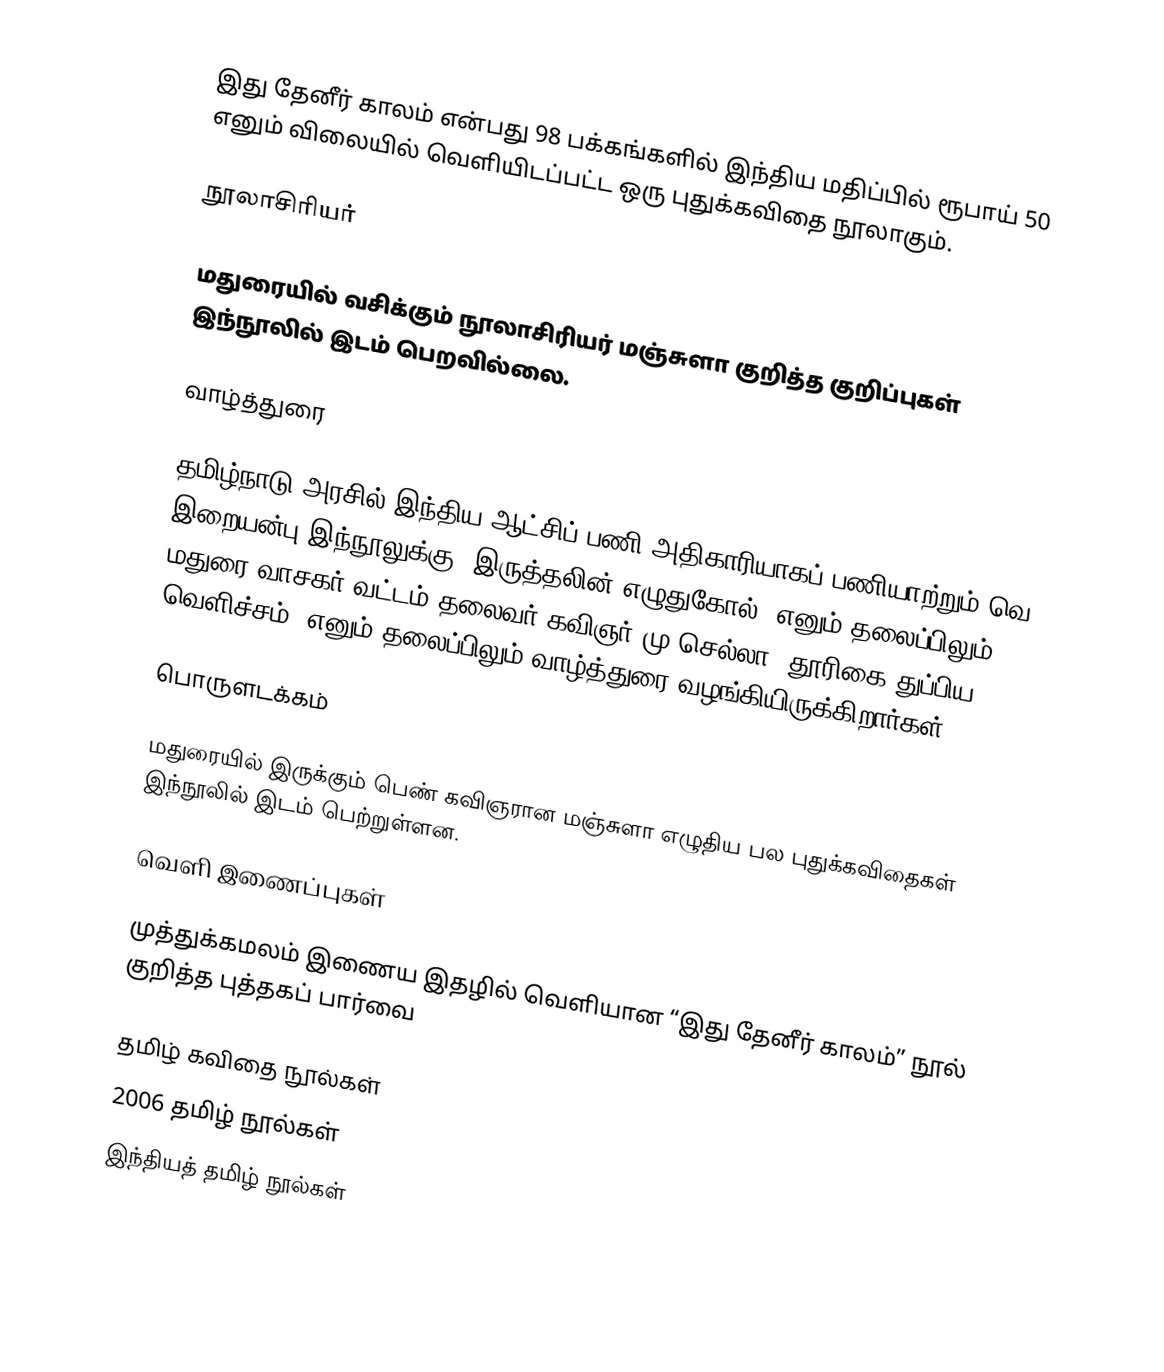
இது தேனீர் காலம் என்பது 98 பக்கங்களில் இந்திய மதிப்பில் ரூபாய் 50 எனும் விலையில் வெளியிடப்பட்ட ஒரு புதுக்கவிதை நூலாகும்.

நூலாசிரியர்

மதுரையில் வசிக்கும் நூலாசிரியர் மஞ்சுளா குறித்த குறிப்புகள் இந்நூலில் இடம் பெறவில்லை.

வாழ்த்துரை

தமிழ்நாடு அரசில்  இந்திய ஆட்சிப் பணி அதிகாரியாகப் பணியாற்றும் வெ. இறையன்பு இந்நூலுக்கு “இருத்தலின் எழுதுகோல்” எனும் தலைப்பிலும்,  மதுரை  வாசகர் வட்டம் தலைவர் கவிஞர்.மு.செல்லா “தூரிகை துப்பிய வெளிச்சம்” எனும் தலைப்பிலும் வாழ்த்துரை வழங்கியிருக்கிறார்கள்.

பொருளடக்கம்

மதுரையில் இருக்கும் பெண் கவிஞரான மஞ்சுளா எழுதிய பல புதுக்கவிதைகள் இந்நூலில் இடம் பெற்றுள்ளன.

வெளி இணைப்புகள்

  முத்துக்கமலம் இணைய இதழில் வெளியான “இது தேனீர் காலம்” நூல் குறித்த புத்தகப் பார்வை

தமிழ் கவிதை நூல்கள்
2006 தமிழ் நூல்கள்
இந்தியத் தமிழ் நூல்கள்